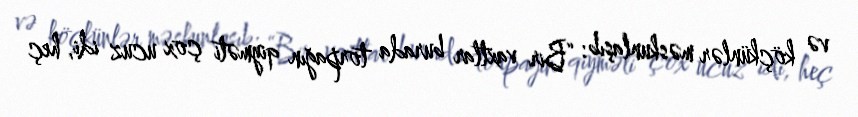
və köçkünlər məskunlaşıb: “Bir vaxtlar burada torpağın qiyməti çox ucuz idi, heç